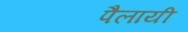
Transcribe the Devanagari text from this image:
पैलायी